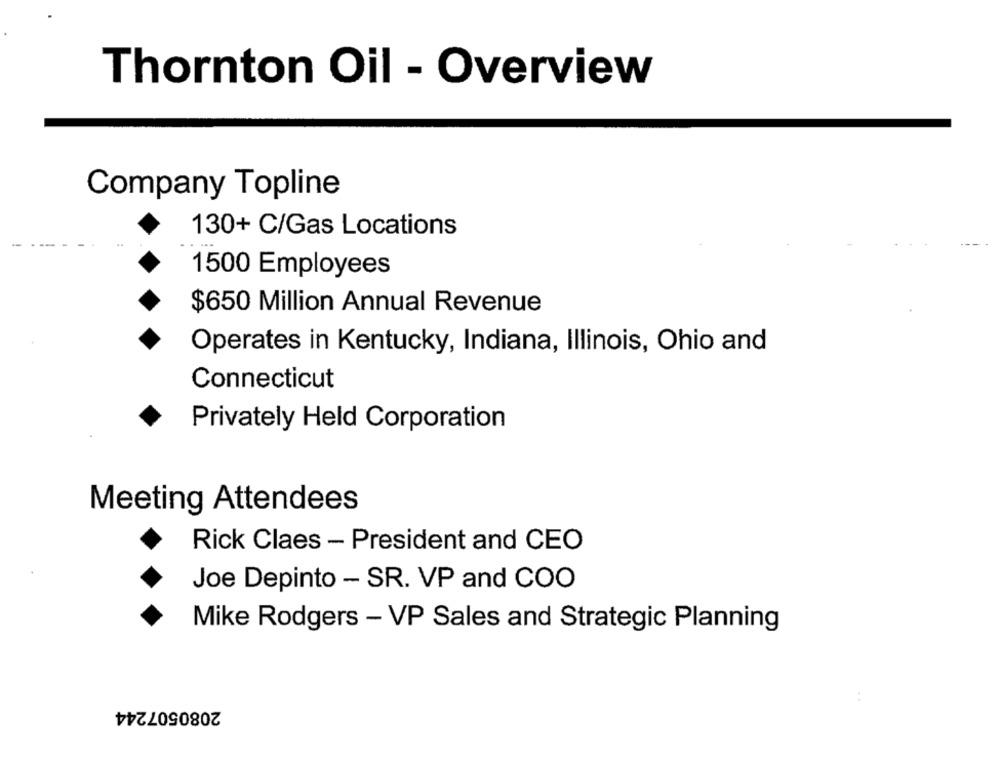
Thornton Oil - Overview
Company Topline
130+ C/Gas Locations
1500 Employees
$650 Million Annual Revenue
Operates in Kentucky, Indiana, Illinois, Ohio and
Connecticut
Privately Held Corporation
Meeting Attendees
Rick Claes - President and CEO
Joe Depinto - SR. VP and COO
Mike Rodgers - VP Sales and Strategic Planning
2080507244